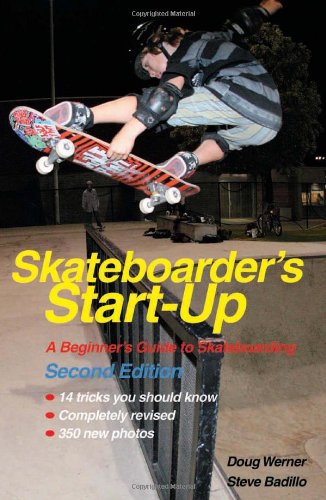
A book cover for Skateboarder's Start-Up: A Beginner's Guide to Skateboarding (Start-Up Sports series); Doug Werner; Sports & Outdoors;